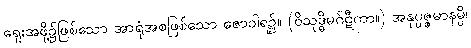
ရှေးအဖို့၌ဖြစ်သော အာရုံအစဖြစ်သော ဇောဝါရ၌။ (ဝိသုဒ္ဓိမဂ်ဋီကာ။) အနုပ္ပဇ္ဇမာနမ္ပိ၊